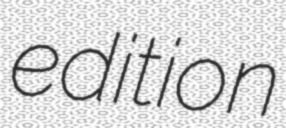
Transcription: edition